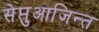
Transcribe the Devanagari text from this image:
सेप्तुआजिन्त